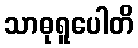
သာဓုရူပေါတိ